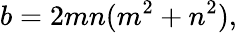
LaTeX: b=2mn(m^{2}+n^{2}),